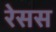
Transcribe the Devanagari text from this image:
रेसस